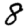
Digit: 8